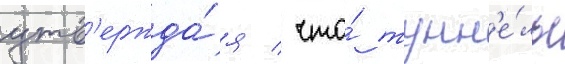
утв'ержда́я / что́ тунн'е́ль